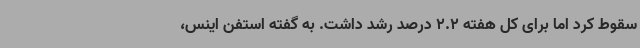
سقوط کرد اما برای کل هفته 2.2 درصد رشد داشت. به گفته استفن اینس،